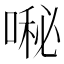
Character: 𱓷